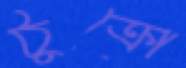
ঠুক্‌রো